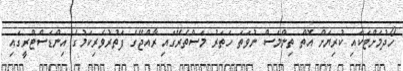
ހޯދުމަށްޓަކައި ކުރިޔަށް އޮތް ތިންމަސް ނުވަތަ ހަތަރު މަސްތެރޭގައި ރާއްޖޭގެ ފަތުރުވެރިކަމުގެ އިންޑަސްޓްރީގައި